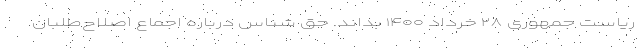
ریاست جمهوری ۲۸ خرداد ۱۴۰۰ بداند. حق شناس درباره اجماع اصلاح‌طلبان